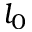
l _ { 0 }